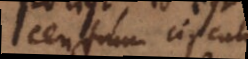
centrum circuli